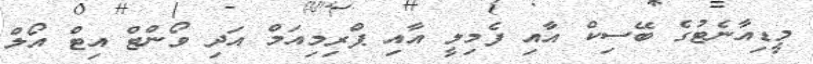
މީޑިއާނެޓުގެ ބޭސިކް އާއި ފެމިލީ އާއި ޕްރިމިއަމް އަދި ވޯންޓް އިޓް އޯލް